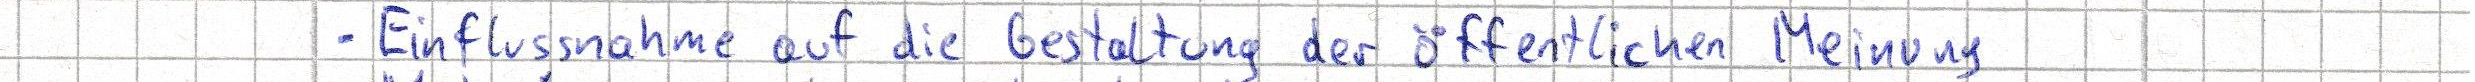
- Einflussnahme auf die Gestaltung der öffentlichen Meinung